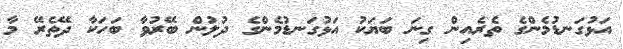
އަޅުގަނޑުމެންގެ ތެރެއިން ގިނަ ބަޔަކު އަޅުގަނޑުމެންގެ ދުލުން ބޭރުވާ ބަހަކާ ދޭތެރޭ މާ